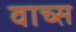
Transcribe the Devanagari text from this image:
वाच्स